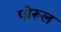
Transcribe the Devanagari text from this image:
पोरूल